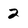
Character: 2